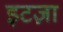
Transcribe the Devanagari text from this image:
इटज़ा